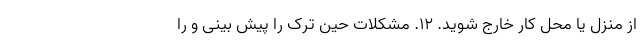
از منزل یا محل کار خارج شوید. ۱۲. مشکلات حین ترک را پیش بینی و را